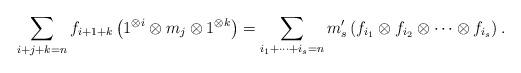
LaTeX: \begin{align*}\sum_{i+j+k = n} f_{i+1+k} \left( 1^{\otimes i} \otimes m_j \otimes 1^{\otimes k} \right)=\sum_{i_1 + \cdots + i_s = n} m'_s \left( f_{i_1} \otimes f_{i_2} \otimes \cdots \otimes f_{i_s} \right).\end{align*}